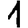
Digit: 1